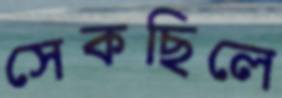
সেকছিলে